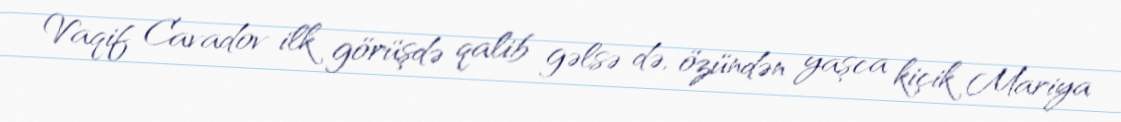
Vaqif Cavadov ilk görüşdə qalib gəlsə də, özündən yaşca kiçik Mariya